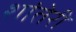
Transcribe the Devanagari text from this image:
शांतेरी